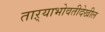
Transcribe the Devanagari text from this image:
ताऱ्याभोवतीदेखील